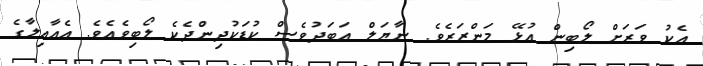
އެކު ވަރަށް ލޯބިން އުޅޭ މަންޒަރެވެ. ނާޔަލް އަބަދުވެސް ކުޑަކުދިންދެކެ ލޯބިވެއެވެ. އެއާއިލާގެ